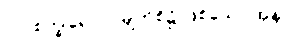
(၁) စက္ခုရောဂ- မျက်စိ၌ ဖြစ်သော အနာ။